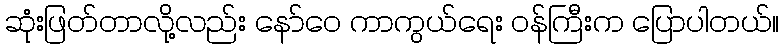
ဆုံးဖြတ်တာလို့လည်း နော်ဝေ ကာကွယ်ရေး ဝန်ကြီးက ပြောပါတယ်။